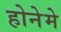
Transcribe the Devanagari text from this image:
होनेमे